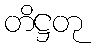
တိဋ္ဌတု